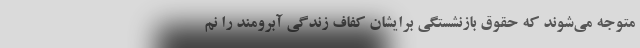
متوجه می‌شوند که حقوق بازنشستگی‌ برایشان کفاف زندگی آبرومند را نم